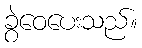
ခွဲဝေပေးသည်။